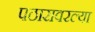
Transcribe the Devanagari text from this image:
पठारावरल्या